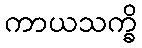
ကာယသက္ခိ